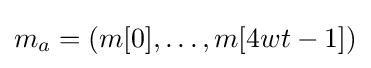
m_{a}=(m[0],\ldots ,m[4wt-1])